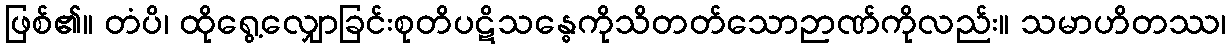
ဖြစ်၏။ တံပိ၊ ထိုရွေ့လျှောခြင်းစုတိပဋိသန္ဓေကိုသိတတ်သောဉာဏ်ကိုလည်း။ သမာဟိတဿ၊